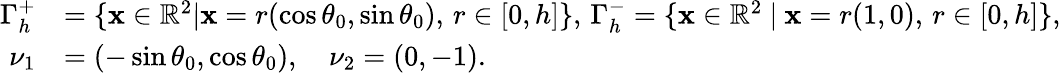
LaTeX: \begin{array}{rl}{\Gamma_{h}^{+}}&{=\{ \mathbf x\in\mathbb R^{2}|\mathbf x=r(\cos{\theta_{0}},\sin{\theta_{0}}),\, r\in[0,h]\} ,\, \Gamma_{h}^{-}=\{ \mathbf x\in\mathbb R^{2}~|~\mathbf x=r(1,0),\, r\in[0,h]\} ,}\\ {{\nu_{1}}}&{=(-\sin{\theta_{0}},\cos{\theta_{0}}),\quad{\nu_{2}}=(0,-1).}\end{array}